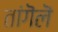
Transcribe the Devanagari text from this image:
तांगॆलॆ